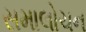
સમાલોચન